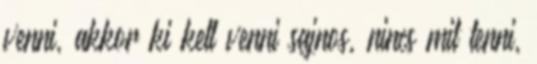
venni, akkor ki kell venni sajnos, nincs mit tenni,